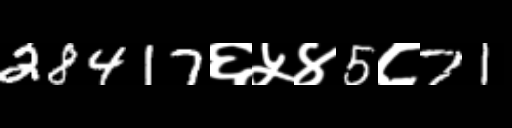
Text: 28417६५४5८71